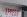
xpress